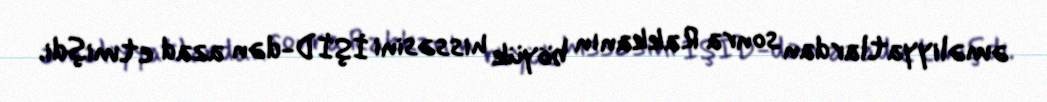
əməliyyatlardan sonra Rakkanın böyük hissəsini İŞİD-dən azad etmişdi.